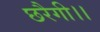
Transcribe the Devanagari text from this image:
छरैगी।।